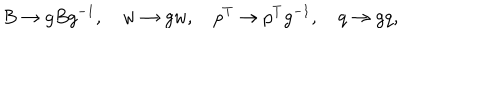
LaTeX: B \rightarrow g B g ^ { - 1 } , \quad w \rightarrow g w , \quad p ^ { T } \rightarrow p ^ { T } g ^ { - 1 } , \quad q \rightarrow g q ,